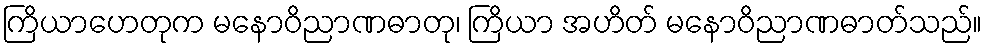
ကြိယာဟေတုက မနောဝိညာဏဓာတု၊ ကြိယာ အဟိတ် မနောဝိညာဏဓာတ်သည်။